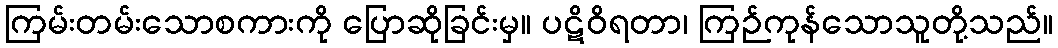
ကြမ်းတမ်းသောစကားကို ပြောဆိုခြင်းမှ။ ပဋိဝိရတာ၊ ကြဉ်ကုန်သောသူတို့သည်။